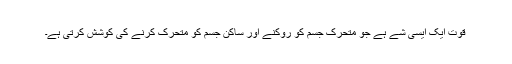
قّوت ایک ایسی شے ہے جو متحرک جسم کو روکنے اور ساکن جسم کو متحرک کرنے کی کوشش کرتی ہے۔